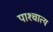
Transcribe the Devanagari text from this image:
पाश्‍चात्‍य